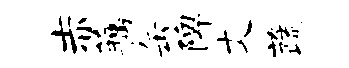
赤藕缶陴丈蔬